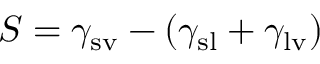
S = \gamma _ { \mathrm { { s v } } } - \left( \gamma _ { \mathrm { { s l } } } + \gamma _ { \mathrm { { l v } } } \right)